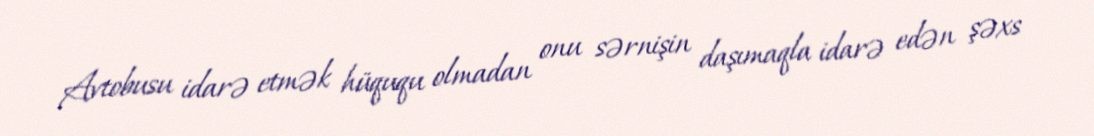
Avtobusu idarə etmək hüququ olmadan onu sərnişin daşımaqla idarə edən şəxs